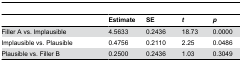
|  | Estimate | SE | t | p |
 | --- | --- | --- | --- | --- |
 | Filler A vs. Implausible | 4.5633 | 0.2436 | 18.73 | 0.0000 |
 | Implausible vs. Plausible | 0.4756 | 0.2110 | 2.25 | 0.0486 |
 | Plausible vs. Filler B | 0.2500 | 0.2436 | 1.03 | 0.3049 |